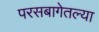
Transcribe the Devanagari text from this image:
परसबागेतल्या